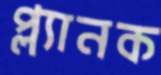
প্ল্যানক